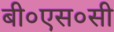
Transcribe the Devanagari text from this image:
बी०एस०सी